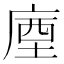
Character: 𢉬